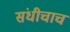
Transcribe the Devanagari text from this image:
संधीचाच